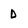
Character: D